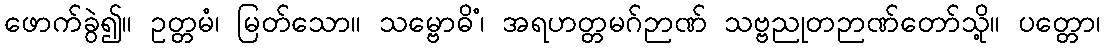
ဖောက်ခွဲ၍။ ဥတ္တမံ၊ မြတ်သော။ သမ္ဗောဓိံ၊ အရဟတ္တမဂ်ဉာဏ် သဗ္ဗညုတဉာဏ်တော်သို့။ ပတ္တော၊